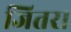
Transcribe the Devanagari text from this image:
जितरा